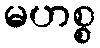
မဟစ္စ